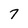
Character: 7